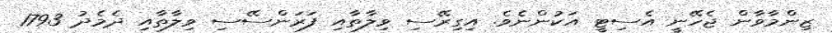
ޒިންމާވާން ޖެހޭނީ އެސިޓީ އަކުންނެވެ. އިގިރޭސި ވިލާތާއި ފަރަންސޭސި ވިލާތާއި ދެެމެދު 1793